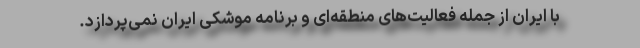
با ایران از جمله فعالیت‌های منطقه‌ای و برنامه موشکی ایران نمی‌پردازد.